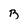
Character: B